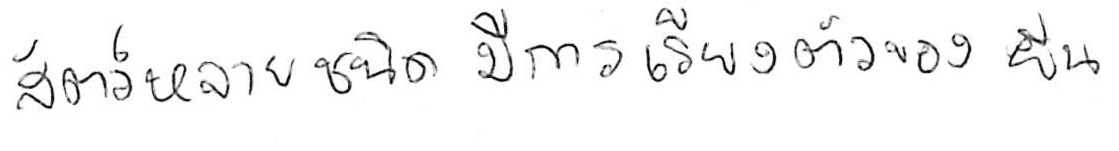
สัตว์หลายชนิดมีการเรียงตัวของยีน